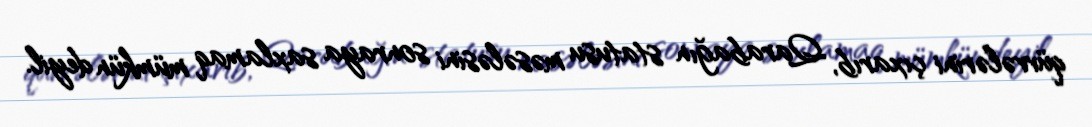
qüvvələrini çıxarıb, Qarabağın statusu məsələsini sonraya saxlamaq mümkün deyil.